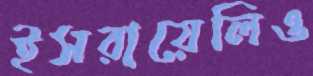
ইসরায়েলিও